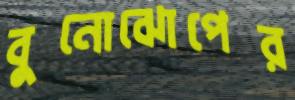
বুনোঝোপের